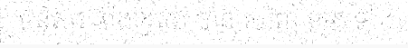
មនុស្ស ទាំងឡាយ បាន ឃើញ ក្មេង ទាំង